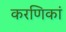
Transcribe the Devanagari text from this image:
करणिकां